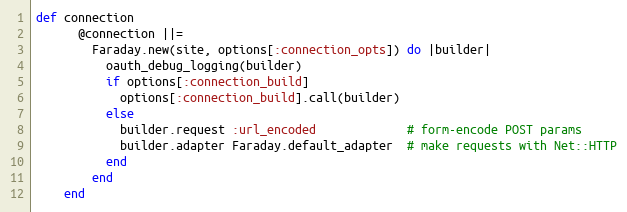
Language: Ruby
def connection
      @connection ||=
        Faraday.new(site, options[:connection_opts]) do |builder|
          oauth_debug_logging(builder)
          if options[:connection_build]
            options[:connection_build].call(builder)
          else
            builder.request :url_encoded             # form-encode POST params
            builder.adapter Faraday.default_adapter  # make requests with Net::HTTP
          end
        end
    end